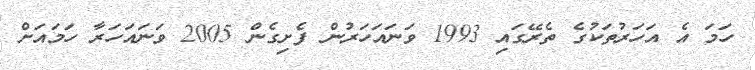
ހަމަ އެ އަހަރުތަކުގެ ތެރޭގައި 1993 ވަނައަހަރުން ފެށިގެން 2005 ވަނައަހަރާ ހަމައަށް